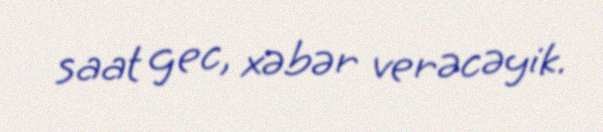
saat gec, xəbər verəcəyik.